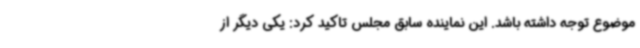
موضوع توجه داشته باشد. این نماینده سابق مجلس تاکید کرد: یکی دیگر از